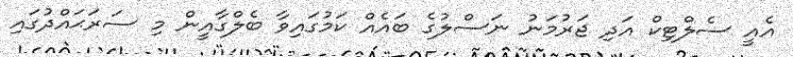
އެއީ ސެލްޓިކް އަދި ޖަރުމަނު ނަސްލުގެ ބައެއް ކަމުގައިވާ ބެލްގާއީން މި ސަރަޙައްދުގައި